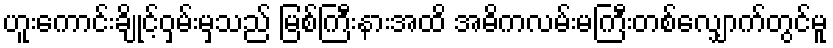
ဟူးကောင်းချိုင့်ဝှမ်းမှသည် မြစ်ကြီးနားအထိ အဓိကလမ်းမကြီးတစ်လျှောက်တွင်မူ